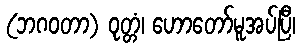
(ဘဂဝတာ) ဝုတ္တံ၊ ဟောတော်မူအပ်ပြီ၊